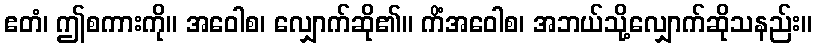
ဧတံ၊ ဤစကားကို။ အဝေါစ၊ လျှောက်ဆို၏။ ကိံအဝေါစ၊ အဘယ်သို့လျှောက်ဆိုသနည်း။